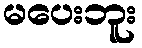
မပေးဘူး